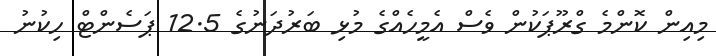
މިއިން ކޮންމެ ގްރޫޕަކުން ވެސް އެމީހެއްގެ މުޅި ބަރުދަނުގެ 12.5 ޕަސެންޓް ހިކުނު